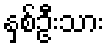
နှစ်ဦးသား